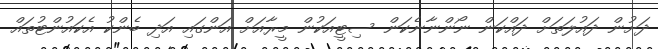
ދަށުން ދައުލަތަށް ދައްކަން ނޯންނާނެކަން ސިޓީއަކުން މީރާއަށް އަންގައި އަދި ބެންކު އެކައުންޓުތައް